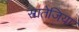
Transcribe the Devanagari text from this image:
स्त्रातेजिया